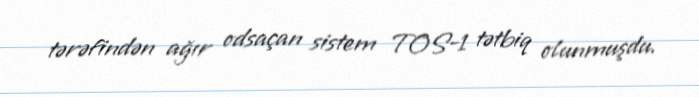
tərəfindən ağır odsaçan sistem TOS-1 tətbiq olunmuşdu.